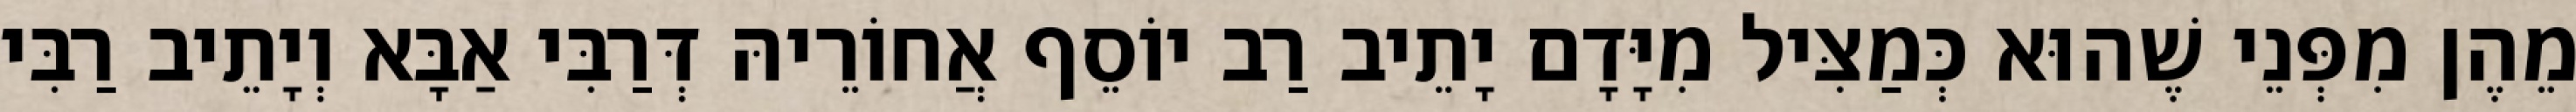
מֵהֶן מִפְּנֵי שֶׁהוּא כְּמַצִּיל מִיָּדָם יָתֵיב רַב יוֹסֵף אֲחוֹרֵיהּ דְּרַבִּי אַבָּא וְיָתֵיב רַבִּי